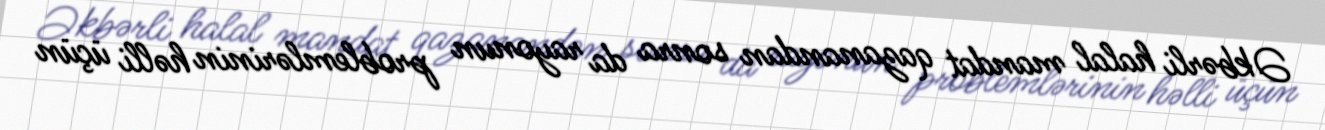
Əkbərli halal mandat qazanandan sonra da rayonun problemlərinin həlli üçün